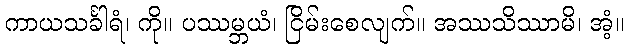
ကာယသင်္ခါရံ၊ ကို။ ပဿမ္ဘယံ၊ ငြိမ်းစေလျက်။ အဿသိဿာမိ၊ အံ့။